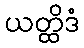
ယတ္ထိဒံ